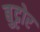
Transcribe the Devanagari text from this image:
बुट्टोर